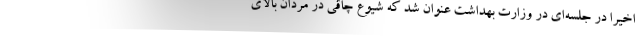
اخیرا در جلسه‌ای در وزارت بهداشت عنوان شد که شیوع چاقی در مردان بالای